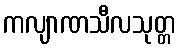
ကလျာဏသီလသုတ္တ